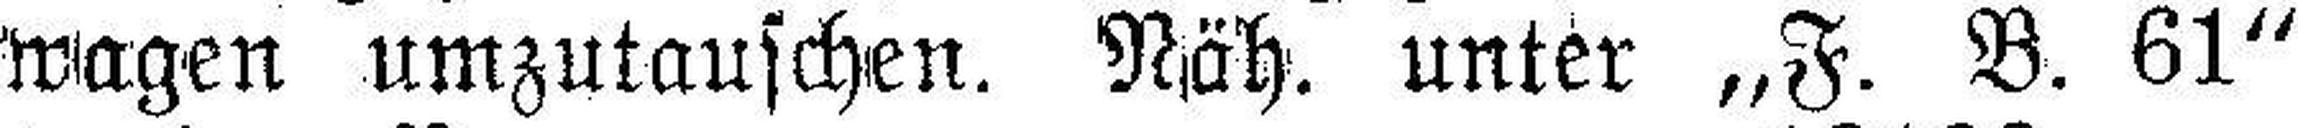
wagen umzutauschen. Näh. unter „F. B. 61“